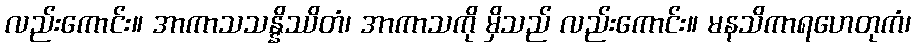
လည်းကောင်း။ အာကာသသန္နိဿိတံ၊ အာကာသကို မှိသည် လည်းကောင်း။ မနသိကာရဟေတုကံ၊